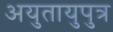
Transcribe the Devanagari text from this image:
अयुतायुपुत्र